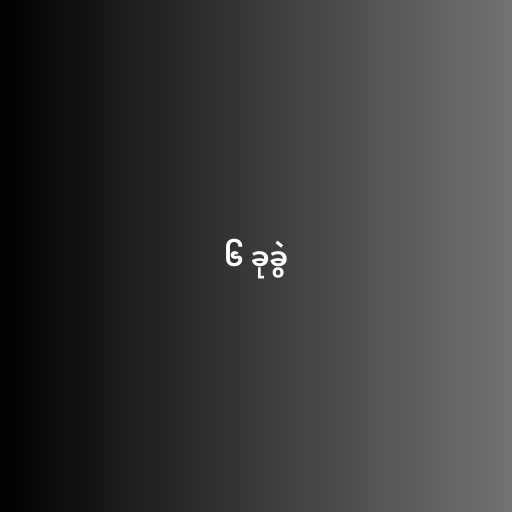
၆ ခုခွဲ